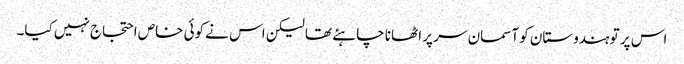
اس پر تو ہندوستان کو آسمان سر پر اٹھانا چاہئے تھا لیکن اس نے کوئی خاص احتجاج نہیں کیا۔